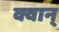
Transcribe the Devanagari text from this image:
क्वान्